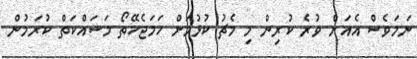
ނަމަވެސް އެއަށް ވުރެ ކުރިން މި މެޗު ކުޅުމަށް ހަމަޖެހޭތޯ މަސައްކަތް ކުރަމުން